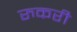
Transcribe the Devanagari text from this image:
रुकरी